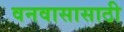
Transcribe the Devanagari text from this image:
वनवासासाठी